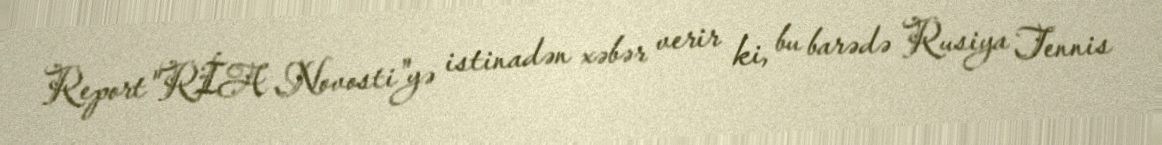
Report"RİA Novosti"yə istinadən xəbər verir ki, bu barədə Rusiya Tennis